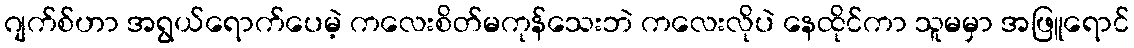
ဂျက်စ်ဟာ အရွယ်ရောက်ပေမဲ့ ကလေးစိတ်မကုန်သေးဘဲ ကလေးလိုပဲ နေထိုင်ကာ သူမမှာ အဖြူရောင်